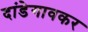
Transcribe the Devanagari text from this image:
दांडेगावकर